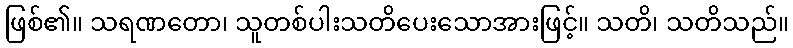
ဖြစ်၏။ သရဏတော၊ သူတစ်ပါးသတိပေးသောအားဖြင့်။ သတိ၊ သတိသည်။